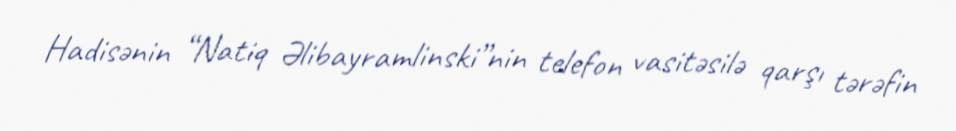
Hadisənin “Natiq Əlibayramlinski”nin telefon vasitəsilə qarşı tərəfin